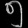
Digit: ၅